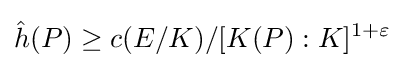
{\hat {h}}(P)\geq c(E/K)/[K(P):K]^{1+\varepsilon }